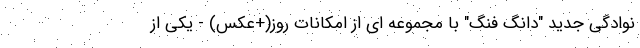
نوادگی جدید "دانگ فنگ" با مجموعه ای از امکانات روز(+عکس) - یکی از